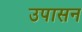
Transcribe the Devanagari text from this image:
उपासन